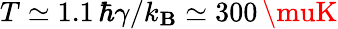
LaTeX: T\simeq1.1\, \hbar\gamma/k_{\mathbf{B}}\simeq300\, \muK